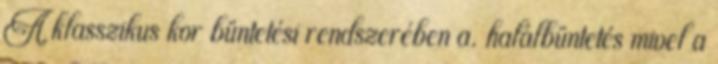
A klasszikus kor büntetési rendszerében a. halálbüntetés mivel a